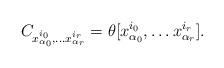
LaTeX: \begin{align*}C_{x_{\alpha_0}^{i_0},\ldots x_{\alpha_r}^{i_r}}=\theta[x_{\alpha_0}^{i_0},\ldots x_{\alpha_r}^{i_r}].\end{align*}